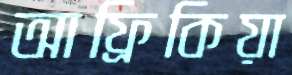
আফ্রিকিয়া